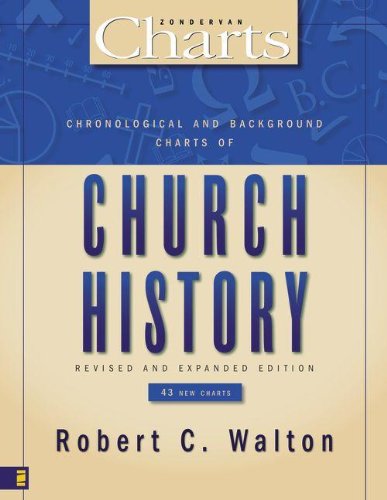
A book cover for Chronological and Background Charts of Church History (ZondervanCharts); Robert C. Walton; Reference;